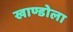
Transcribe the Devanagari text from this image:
खाण्डोला